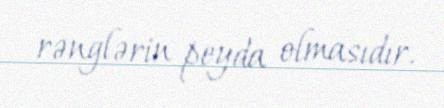
rənglərin peyda olmasıdır.